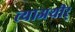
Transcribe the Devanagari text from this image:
त्याअथीर्